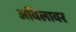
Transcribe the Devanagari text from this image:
अविलावर